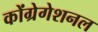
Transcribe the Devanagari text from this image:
कोंग्रेगेशनल